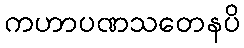
ကဟာပဏသတေနပိ